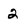
Character: 2